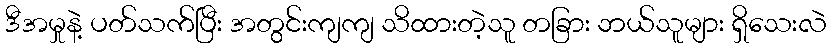
ဒီအမှုနဲ့ ပတ်သက်ပြီး အတွင်းကျကျ သိထားတဲ့သူ တခြား ဘယ်သူများ ရှိသေးလဲ